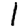
Digit: 1